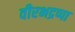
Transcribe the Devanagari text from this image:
वीरभद्रप्पा